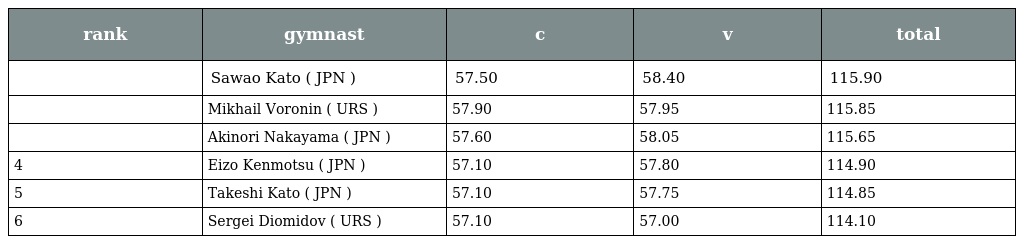
| rank | gymnast | c | v | total |
 | --- | --- | --- | --- | --- |
 |  | Sawao Kato ( JPN ) | 57.50 | 58.40 | 115.90 |
 |  | Mikhail Voronin ( URS ) | 57.90 | 57.95 | 115.85 |
 |  | Akinori Nakayama ( JPN ) | 57.60 | 58.05 | 115.65 |
 | 4 | Eizo Kenmotsu ( JPN ) | 57.10 | 57.80 | 114.90 |
 | 5 | Takeshi Kato ( JPN ) | 57.10 | 57.75 | 114.85 |
 | 6 | Sergei Diomidov ( URS ) | 57.10 | 57.00 | 114.10 |